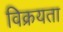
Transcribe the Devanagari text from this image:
विक्रयता